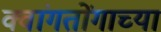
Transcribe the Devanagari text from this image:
क्वांगतोंगाच्या